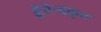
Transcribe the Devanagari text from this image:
क्षेमेन्द्रकृत